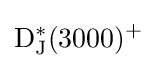
{\rm {D_{J}^{*}(3000)^{+}}}